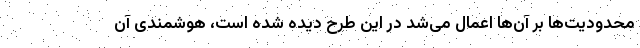
محدودیت‌ها بر آن‌ها اعمال می‌شد در این طرح دیده شده است، هوشمندی آن